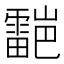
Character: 𮦯